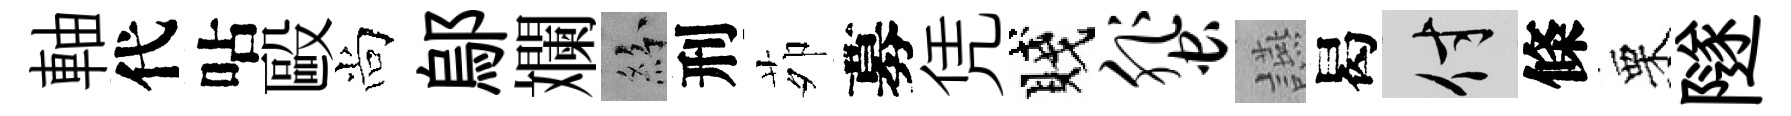
軸代呫毆尚鄔斕紛刑茆募凭賤蜚讌曷付條栗隧